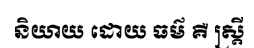
និយាយ ដោយ ធម៌ គឺ ស្ត្រី